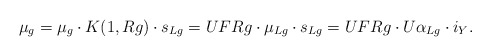
\begin{align*} \mu_g= \mu_g\cdot K(1,{R}g)\cdot s_{{L}g}=UF{R}g\cdot\mu_{{L}g}\cdot s_{{L}g}= UF{R}g\cdot U\alpha_{{L}g}\cdot i_Y.\end{align*}